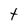
Character: t